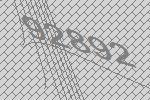
92892